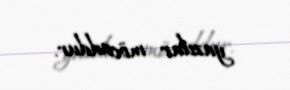
yazılar möcuddur.